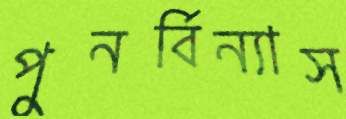
পুনর্বিন্যাস